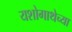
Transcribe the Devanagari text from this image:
यशोगाथेच्या